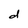
Character: d